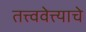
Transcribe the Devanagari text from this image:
तत्त्ववेत्त्याचे